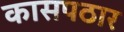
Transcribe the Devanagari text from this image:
कासपठार